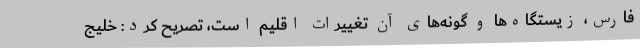
فارس، زیستگاه‌ها و گونه‌های آن تغییرات اقلیم است، تصریح کرد: خلیج